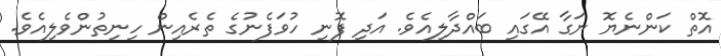
އޮތް ކަންނެޔޮ ނަގާ އޭގައި ބައްދާލިއެވެ. އަދި ފޮނި ހުވަފެނުގެ ތެރެއިން ހިނިތުންވެލިއެވެ.